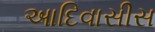
આદિવાસીસ